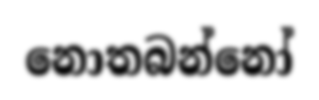
නොතබන්නෝ